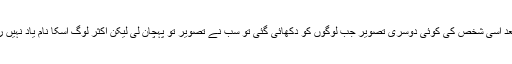
اس کے بعد اسی شخص کی کوئی دوسری تصویر جب لوگوں کو دکھائی گئی تو سب نے تصویر تو پہچان لی لیکن اکثر لوگ اسکا نام یاد نہیں رکھ پائے۔